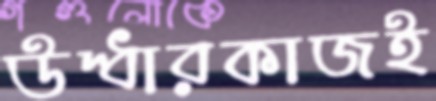
উদ্ধারকাজই